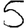
Digit: 5